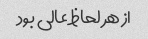
از هر لحاظ عالی بود